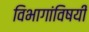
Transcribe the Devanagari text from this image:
विभागांविषयी